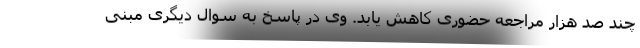
چند صد هزار مراجعه حضوری کاهش یابد. وی در پاسخ به سوال دیگری مبنی